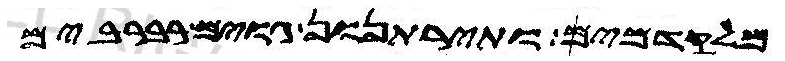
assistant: מלקדמיך ותירתנון גוים רברבים